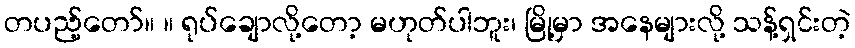
တပည့်တော်။ ။ ရုပ်ချောလို့တော့ မဟုတ်ပါဘူး၊ မြို့မှာ အနေများလို့ သန့်ရှင်းတဲ့